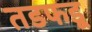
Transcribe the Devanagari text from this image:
तडफडू